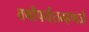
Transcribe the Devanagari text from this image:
वर्षांपर्यंतम्हणजे